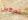
تدركين